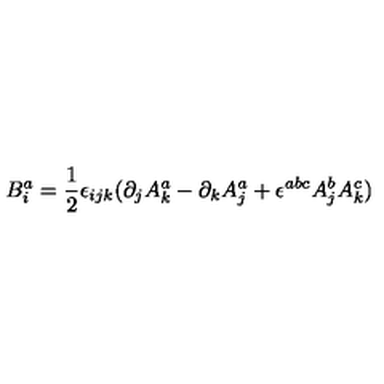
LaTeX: B _ { i } ^ { a } = \frac { 1 } { 2 } \epsilon _ { i j k } ( \partial _ { j } A _ { k } ^ { a } - \partial _ { k } A _ { j } ^ { a } + \epsilon ^ { a b c } A _ { j } ^ { b } A _ { k } ^ { c } )